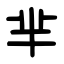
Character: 芈